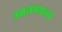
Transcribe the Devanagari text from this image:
उमलण्याच्या